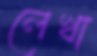
লেখা